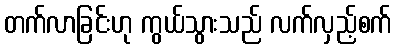
တက်လာခြင်းဟု ကွယ်သွားသည် လက်လှည့်စက်